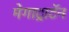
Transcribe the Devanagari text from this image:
मेगाट्राटॅन